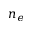
n _ { e }